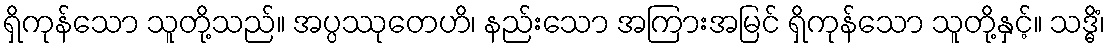
ရှိကုန်သော သူတို့သည်။ အပ္ပဿုတေဟိ၊ နည်းသော အကြားအမြင် ရှိကုန်သော သူတို့နှင့်။ သဒ္ဓိံ၊